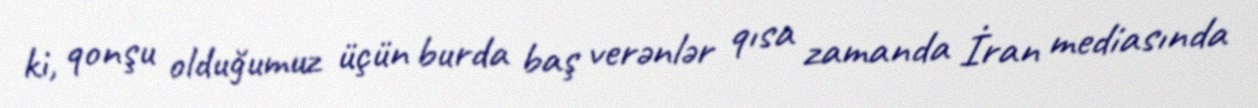
ki, qonşu olduğumuz üçün burda baş verənlər qısa zamanda İran mediasında